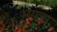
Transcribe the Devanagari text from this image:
अंगचा